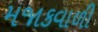
મજાકવાળી